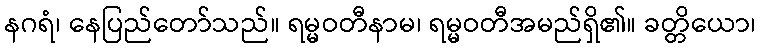
နဂရံ၊ နေပြည်တော်သည်။ ရမ္မဝတီနာမ၊ ရမ္မဝတီအမည်ရှိ၏။ ခတ္တိယော၊